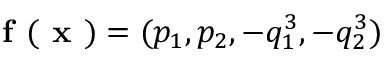
\textbf { f } ( \textbf { x } ) = ( p _ { 1 } , p _ { 2 } , - q _ { 1 } ^ { 3 } , - q _ { 2 } ^ { 3 } )